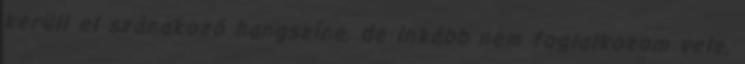
kerüli el szánakozó hangszíne, de inkább nem foglalkozom vele.